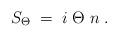
LaTeX: \begin{align*}S_{\Theta} \;=\; i \; \Theta \; n \;.\end{align*}